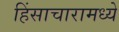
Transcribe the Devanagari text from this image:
हिंसाचारामध्ये